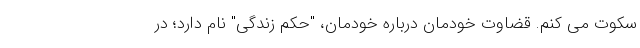
سکوت می کنم. قضاوت خودمان درباره خودمان، "حکم زندگی" نام دارد؛ در